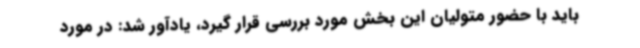
باید با حضور متولیان این بخش مورد بررسی قرار گیرد، یادآور شد: در مورد